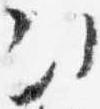
次